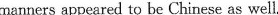
manners appeared to be Chinese as well.